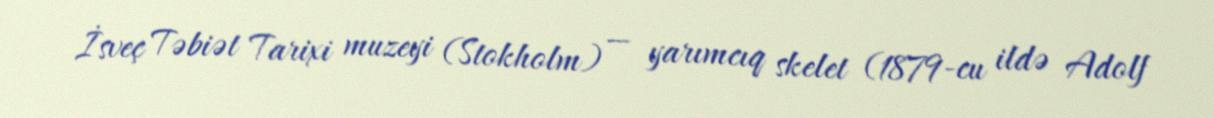
İsveç Təbiət Tarixi muzeyi (Stokholm) — yarımcıq skelet (1879-cu ildə Adolf